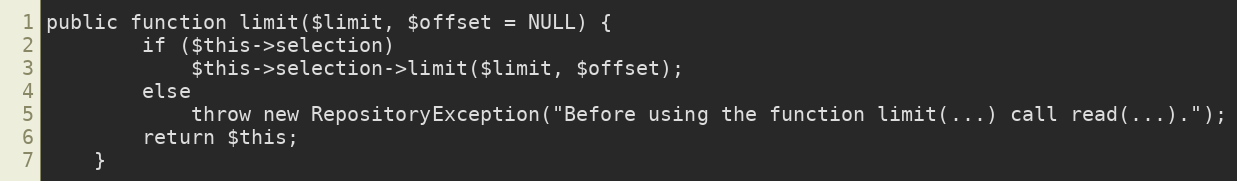
Language: PHP
public function limit($limit, $offset = NULL) {
		if ($this->selection)
			$this->selection->limit($limit, $offset);
		else
			throw new RepositoryException("Before using the function limit(...) call read(...).");
		return $this;
	}